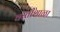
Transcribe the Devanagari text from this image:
वस्तीशाळा